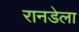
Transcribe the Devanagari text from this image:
रानडेला